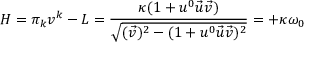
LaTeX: H = \pi _ { k } v ^ { k } - L = \frac { \kappa ( 1 + u ^ { 0 } \vec { u } \vec { v } ) } { \sqrt { ( \vec { v } ) ^ { 2 } - ( 1 + u ^ { 0 } \vec { u } \vec { v } ) ^ { 2 } } } = + \kappa \omega _ { 0 }